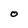
Character: O